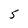
Character: 5